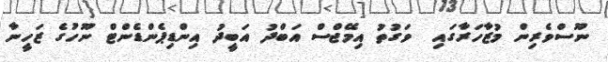
ނޫސްވެރިން މުޒާހަރާގައި  ވަގުތު އިމޭޖްސް އަބްދު އަބީދު އިންޑިޕެންޑެންޓް ނޫހުގެ ޒަހީނާ